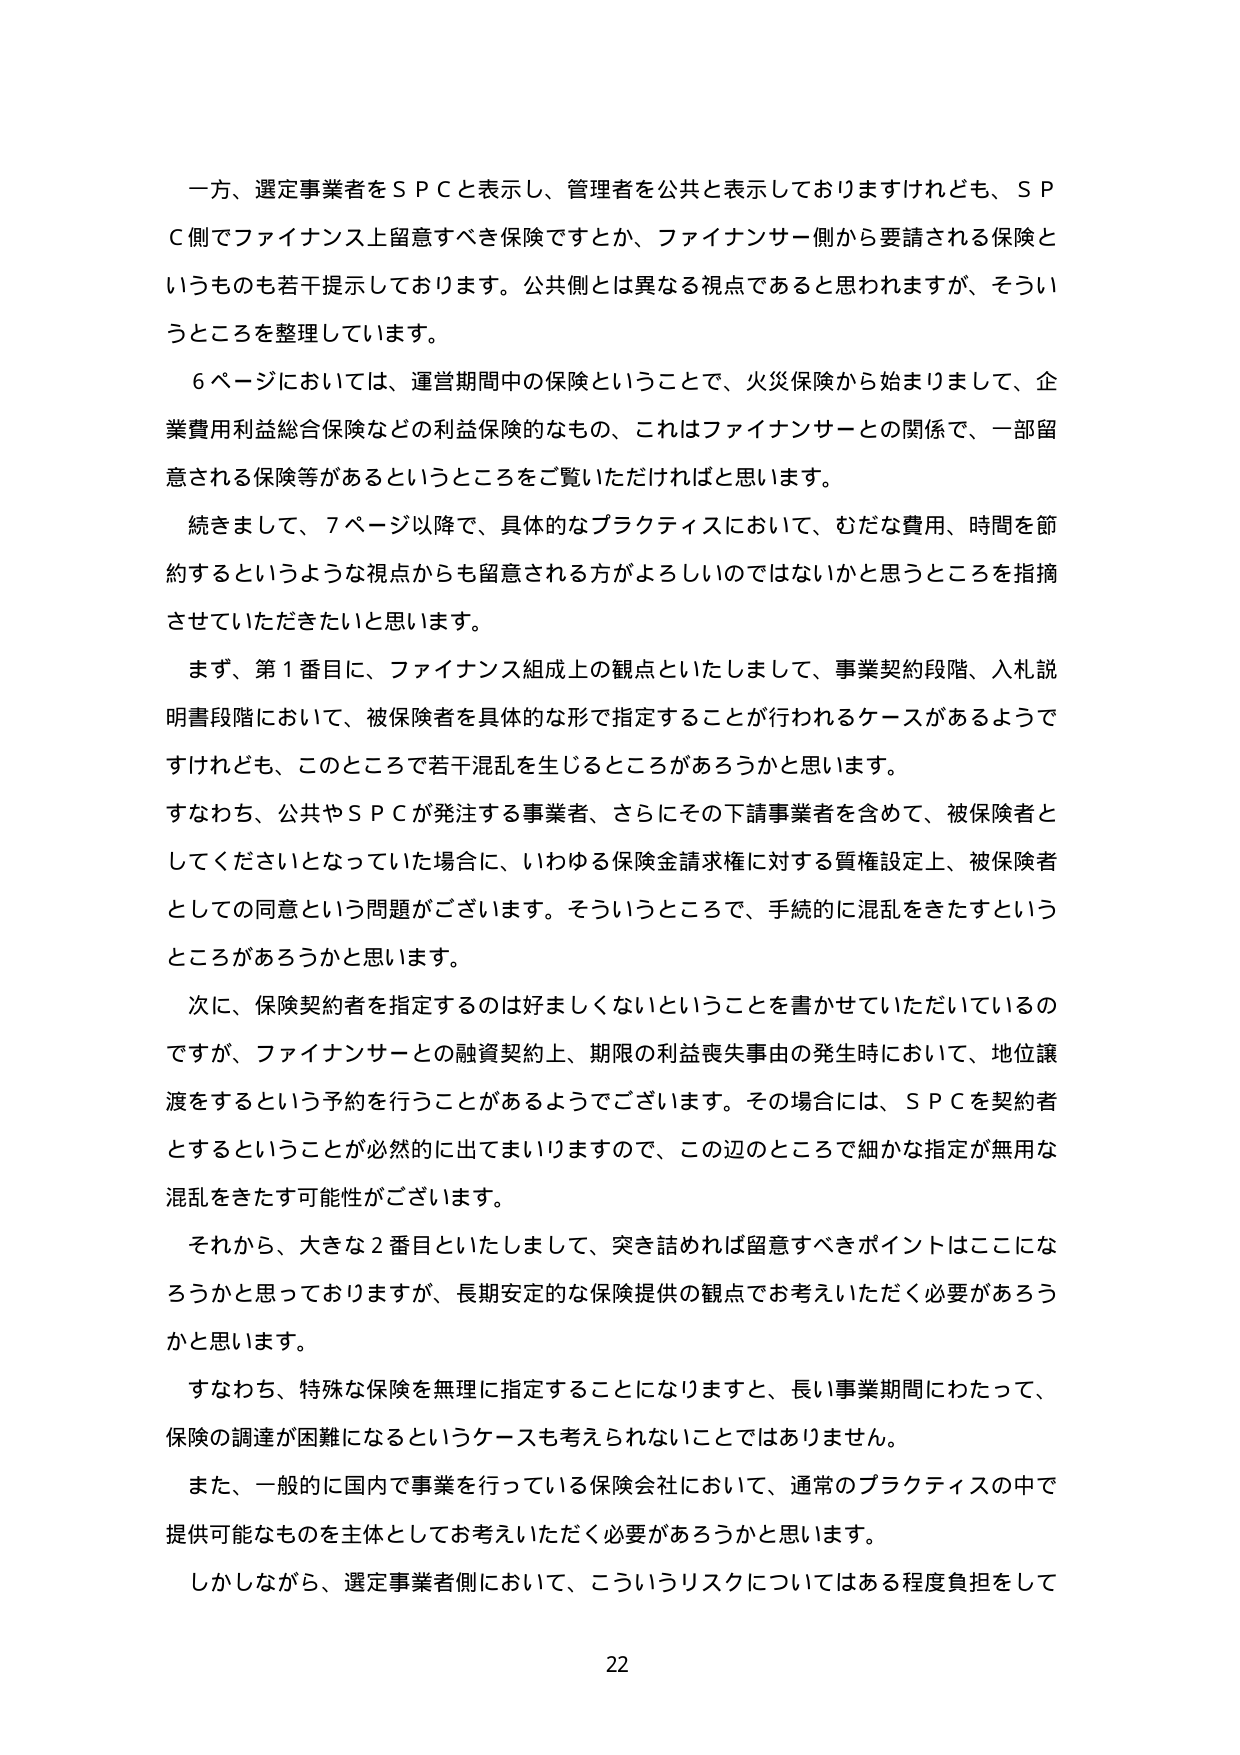
一方、選定事業者をＳＰＣと表示し、管理者を公共と表示しておりますけれども、ＳＰＣ側でファイナンス上留意すべき保険ですとか、ファイナンサー側から要請される保険というものも若干提示しております。公共側とは異なる視点であると思われますが、そういうところを整理しています。

６ページにおいては、運営期間中の保険ということで、火災保険から始まりまして、企業費用利益総合保険などの利益保険的なもの、これはファイナンサーとの関係で、一部留意される保険等があるというところをご覧いただければと思います。

続きまして、７ページ以降で、具体的なプラクティスにおいて、むだな費用、時間を節約するというような視点からも留意される方がよろしいのではないかと思うところを指摘させていただきたいと思います。

まず、第１番目に、ファイナンス組成上の観点といたしまして、事業契約段階、入札説明書段階において、被保険者を具体的な形で指定することが行われるケースがあるようですが、このところで若干混乱を生じるところがあろうかと思います。

すなわち、公共やＳＰＣが発注する事業者、さらにその下請事業者を含めて、被保険者としてくださいとなっていた場合に、いわゆる保険金請求権に対する質権設定上、被保険者としての同意という問題がございます。そういうところで、手続的に混乱をきたすところがあろうかと思います。

次に、保険契約者を指定するのは好ましくないということを書かせていただいているのですが、ファイナンサーとの融資契約上、期限の利益喪失事由の発生時において、地位譲渡をするという予約を行うことがあるようでございます。その場合には、ＳＰＣを契約者とするということが必然的に出てまいりますので、この辺のところで細かな指定が無用な混乱をきたす可能性がございます。

それから、大きな２番目といたしまして、突き詰めれば留意すべきポイントはここになろうかと思っておりますが、長期安定的な保険提供の観点でお考えいただく必要があろうかと思います。

すなわち、特殊な保険を無理に指定することになりますと、長い事業期間にわたって、保険の調達が困難になるというケースも考えられないことではありません。

また、一般的に国内で事業を行っている保険会社において、通常のプラクティスの中で提供可能なものを主体としてお考えいただく必要があろうかと思います。

しかしながら、選定事業者側において、こういうリスクについてはある程度負担をして

22